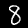
Digit: 8